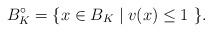
LaTeX: \begin{align*} B_K^\circ=\{x\in B_K\mid v(x)\le 1\ \}. \end{align*}